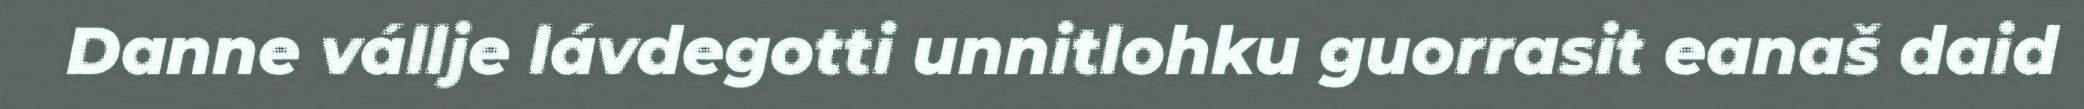
Danne vállje lávdegotti unnitlohku guorrasit eanaš daid